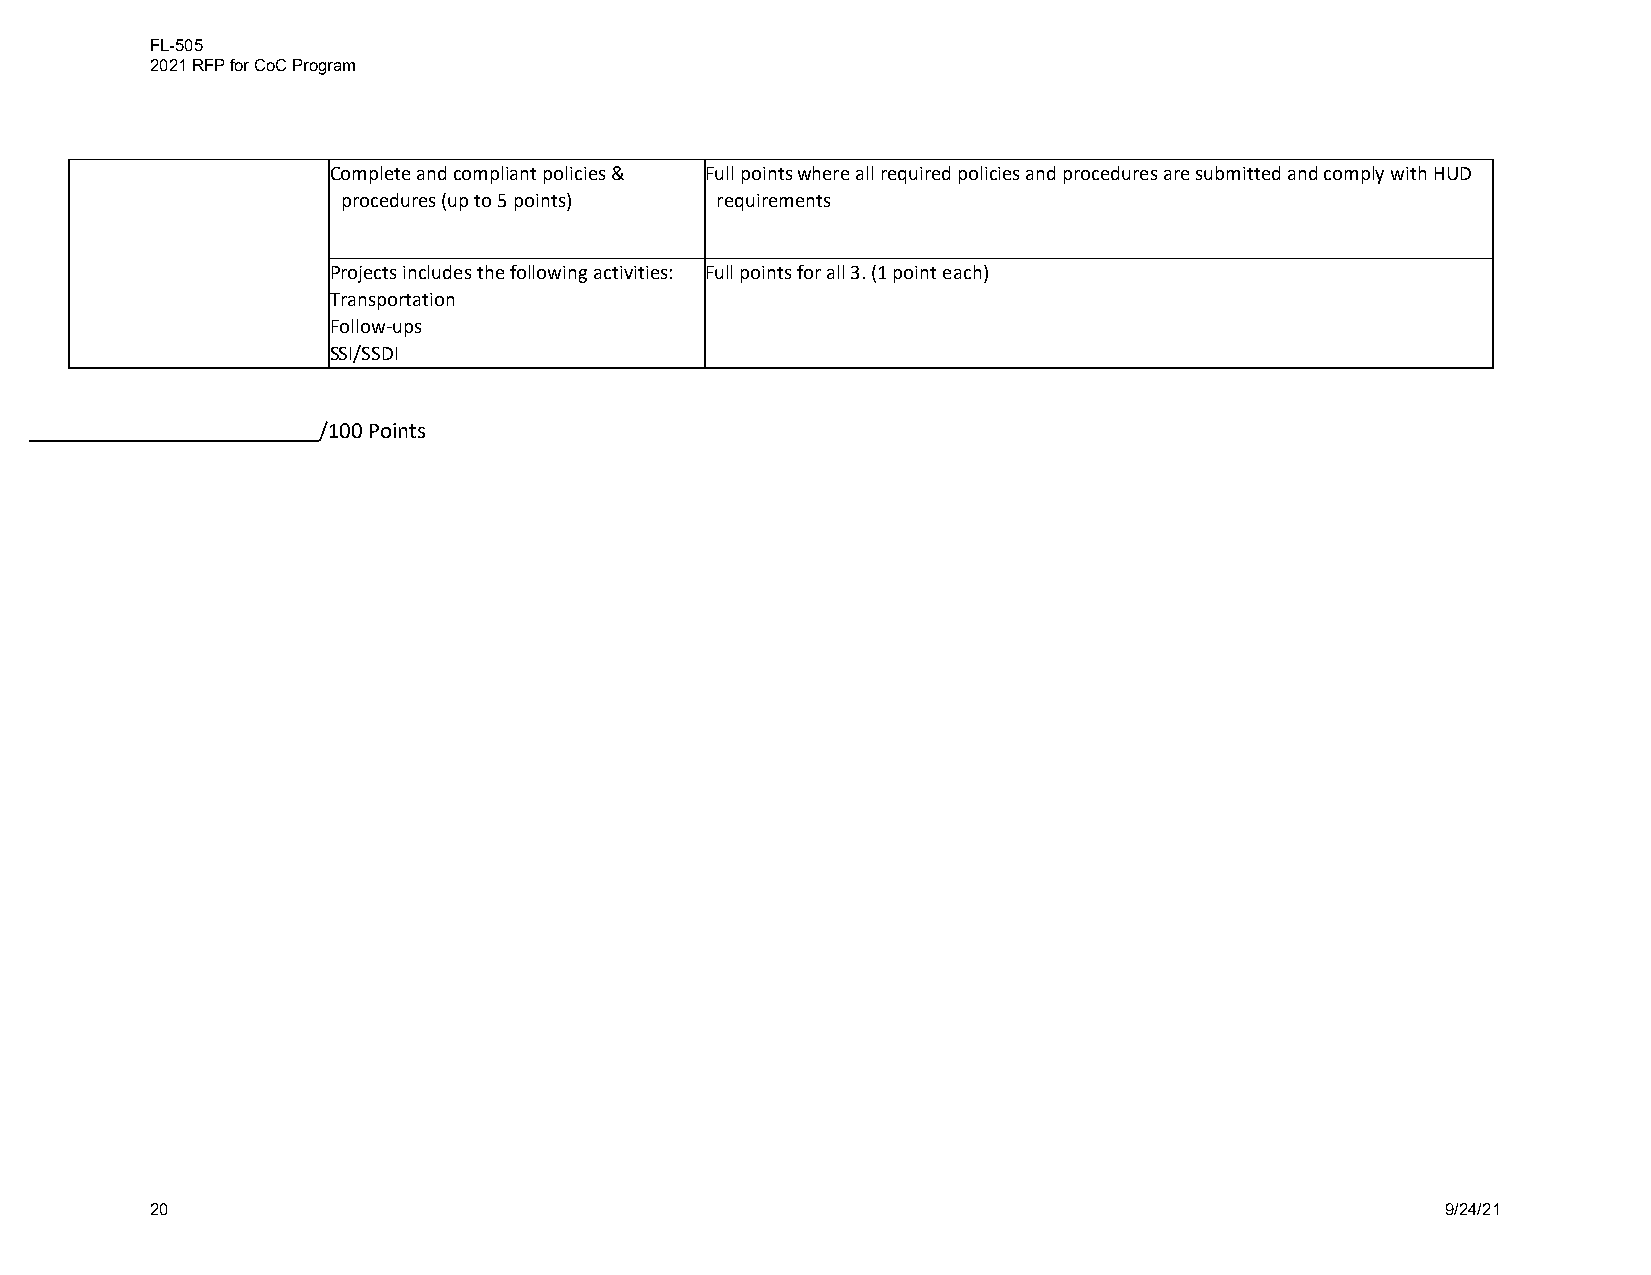
FL-505
 2021 RFP for CoC Program
 Complete and compliant policies & Full points where all required policies and procedures are submitted and comply with HUD
 procedures (up to 5 points) requirements
 Projects includes the following activities: Full points for all 3. (1 point each)
 Transportation
 Follow-ups
 SSI/SSDI
 /100 Points
 20                                                                                    9/24/21